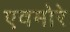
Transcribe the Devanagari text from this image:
एवमोरे